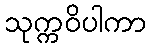
သုက္ကဝိပါကာ